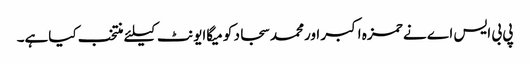
پی بی ایس اے نے حمزہ اکبر اورمحمد سجاد کو میگاایونٹ کیلئے منتخب کیاہے۔